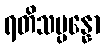
ရတိသမ္ပန္နော